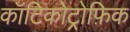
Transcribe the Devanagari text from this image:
कॉटिकोट्रोफ़िक